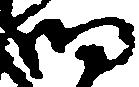
細